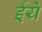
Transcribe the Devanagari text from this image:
ईये